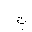
Letter: _ta